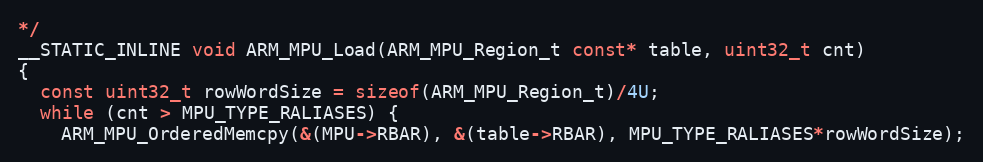
Language: C
*/
__STATIC_INLINE void ARM_MPU_Load(ARM_MPU_Region_t const* table, uint32_t cnt)
{
  const uint32_t rowWordSize = sizeof(ARM_MPU_Region_t)/4U;
  while (cnt > MPU_TYPE_RALIASES) {
    ARM_MPU_OrderedMemcpy(&(MPU->RBAR), &(table->RBAR), MPU_TYPE_RALIASES*rowWordSize);